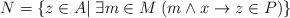
LaTeX: \begin{align*}N=\{z \in A| \; \exists m \in M \; (m \wedge x \to z \in P)\}\end{align*}